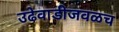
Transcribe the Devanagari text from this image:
उढेवाडीजवळच